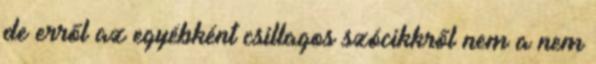
de erről az egyébként csillagos szócikkről nem a nem